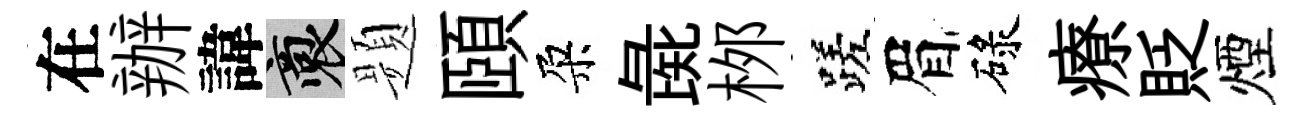
在辦諱裔题頤朶彘桞蹉眉碌療貶煙